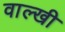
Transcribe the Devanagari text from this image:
वाल्खी